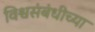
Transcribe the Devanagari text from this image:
विश्वसंबंधीच्या